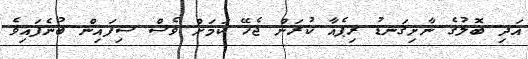
އަދި ބޮލުގެ ނާށިގަނޑު ރިޕެއާ ކުރަން ޖެހޭ ކަމަށް ވެސް ސިފައިން ބުނެފައިވެ